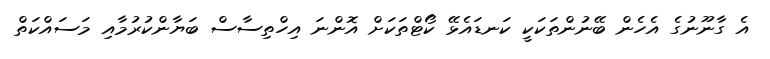
އެ ގާނޫނުގެ އެހެން ބޭނުންތަކަކީ ކަނޑައެޅޭ ކޯޓްތަކަށް އޮންނަ އިހްތިސާސް ބަޔާންކުރުމާއި މަސައްކަތް